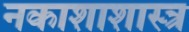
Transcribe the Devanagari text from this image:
नकाशाशास्त्र